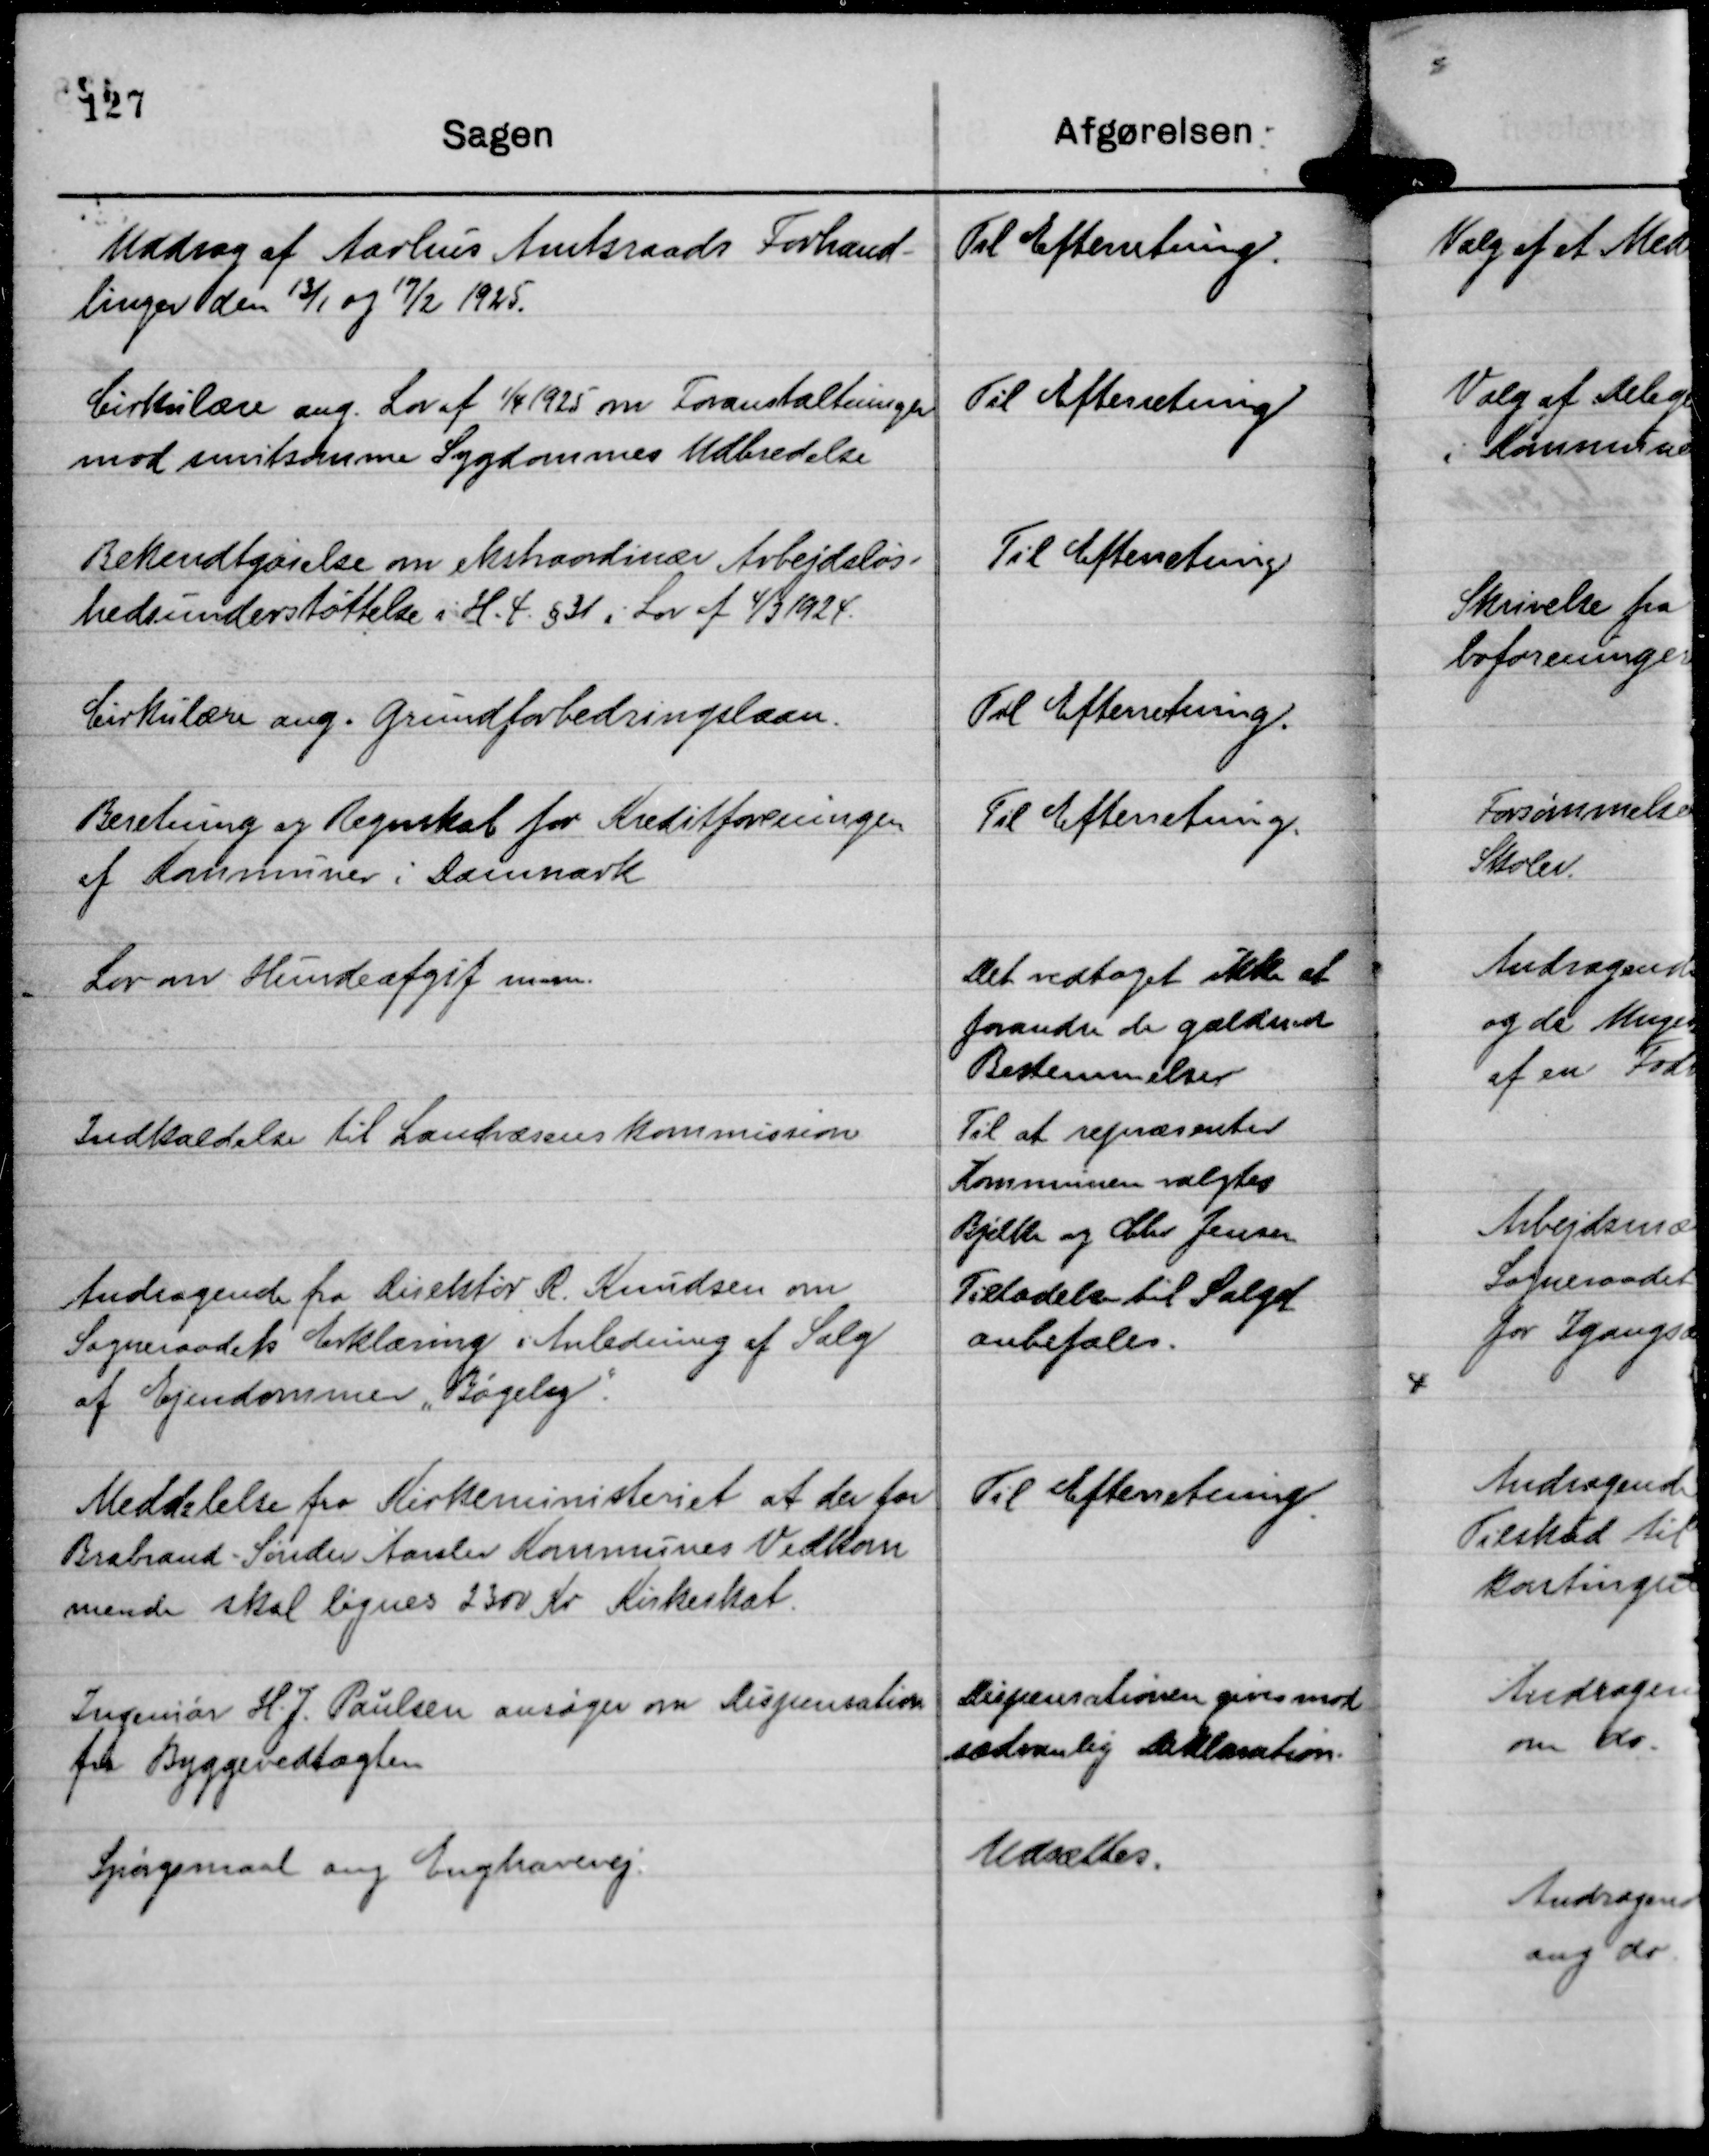
Transskription:
Uddrag af Aarhus Amtsraads Forhand-
linger den 13/1 og 19/2 1925.

Til Efterretning.

Cirkulære ang. Lov af 1/4 1925 om Foranstaltninger
mod smitsomme Sygdommes Udbredelse

Til Efterretning

Bekendtgørelse om ekstraordinær Arbejdsløs-
hedsunderstøttelse i H. t. § 31 i Lov af 4/3 1924.

Til Efterretning

Cirkulære ang. Grundforbedringslaan.

Til Efterretning.

Beretning og Regnskab for Kreditforeningen
af Kommuner i Danmark

Til Efterretning.

Lov om Hundeafgift m.m. Det vedtaget ikke at forandre de gældende Bestemmelser

Indkaldelse til Landvæsenskommission

Til at repræsenter
Kommunen valgtes
Bjelke og Chr Jensen
Tilladelse til Salget
anbefales

Andragende fra Direktør R. Knudsen om
Sogneraadets Erklæring i Anledning af Salg
af Ejendommen "Bøgely".

Meddelelse fra Kirkeministeriet at der for
Brabrand-Sønder Aarslev Kommunes Vedkom
mende skal lignes 2300 Kr Kirkeskat.

Til Efterretning.

Ingeniør H. J. Paulsen ansøger om Dispensation
fra Byggevedtægten

Dispensationen gives mod
sædvanlig Deklaration.

Spørgsmaal ang Enghavevej.

Udsættes.